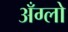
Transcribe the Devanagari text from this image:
अँग्लो